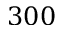
3 0 0